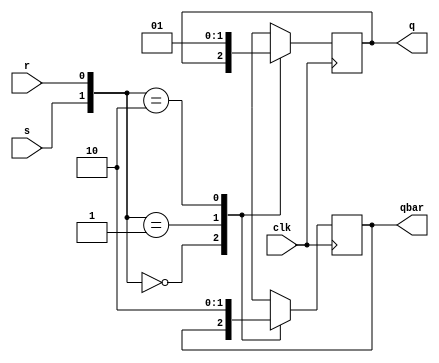
module SRflipflop(
 
input s,r,clk,
output reg q,qbar
 );

 
always @(posedge clk) begin
case({s,r})
2'b00: begin q<=q;qbar<=qbar; end
2'b01: begin q<=1'b0;qbar<=1'b1; end
2'b10: begin q<=1'b1;qbar<=1'b0; end
2'b11: begin q<=1'bx; qbar<=1'bx; end
endcase
 
end
endmodule